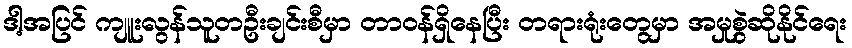
ဒါ့အပြင် ကျူးလွန်သူတဦးချင်းစီမှာ တာဝန်ရှိနေပြီး တရားရုံးတွေမှာ အမှုစွဲဆိုနိုင်ရေး